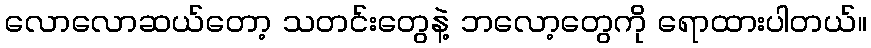
လောလောဆယ်တော့ သတင်းတွေနဲ့ ဘလော့တွေကို ရောထားပါတယ်။